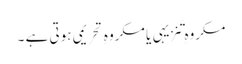
مکروہِ تَنزیہی یا مکروہِ تَحریمی ہوتی ہے ۔